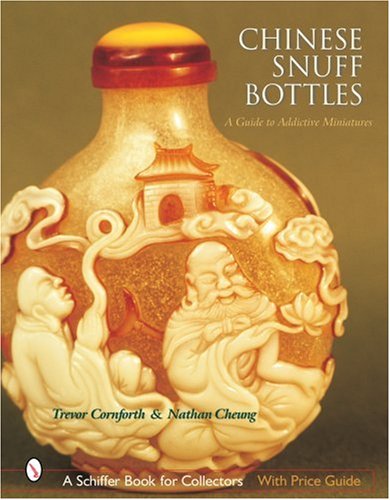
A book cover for Chinese Snuff Bottles: A Guide to Addictive Miniatures; Trevor Cornforth; Crafts, Hobbies & Home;